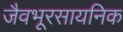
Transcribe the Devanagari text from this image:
जैवभूरसायनिक